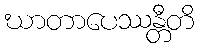
ဃာတာပေဿန္တီတိ